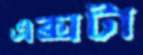
এক্সটা